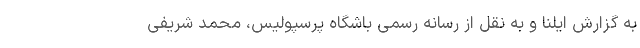
به گزارش ایلنا و به نقل از رسانه رسمی باشگاه پرسپولیس، محمد شریفی